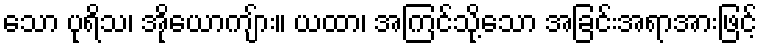
သော ပုရိသ၊ အိုယောကျ်ား။ ယထာ၊ အကြင်သို့သော အခြင်းအရာအားဖြင့်